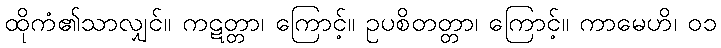
ထိုကံ၏သာလျှင်။ ကဋတ္တာ၊ ကြောင့်။ ဥပစိတတ္တာ၊ ကြောင့်။ ကာမေဟိ၊ ၀၁